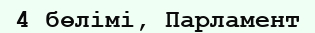
4 бөлімі, Парламент